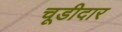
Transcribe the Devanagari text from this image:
चूडीदार